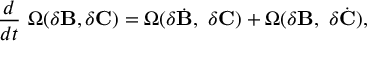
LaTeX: { \frac { d } { d t } } ~ \Omega ( \delta { \bf B } , \delta { \bf C } ) = \Omega ( \delta { \dot { { \bf B } } } , ~ \delta { \bf C } ) + \Omega ( \delta { \bf B } , ~ \delta { \dot { { \bf C } } } ) ,